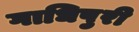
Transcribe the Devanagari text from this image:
गाधिपुरी